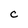
Character: C